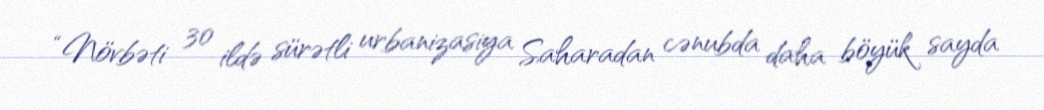
“Növbəti 30 ildə sürətli urbanizasiya Saharadan cənubda daha böyük sayda